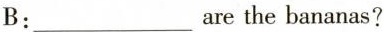
B:___are the bananas?